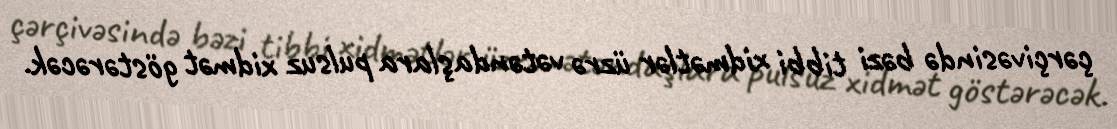
çərçivəsində bəzi tibbi xidmətlər üzrə vətəndaşlara pulsuz xidmət göstərəcək.